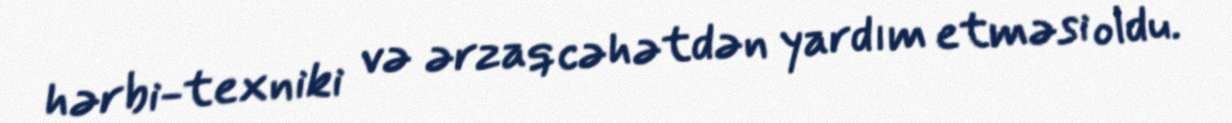
hərbi-texniki və ərzaq cəhətdən yardım etməsi oldu.